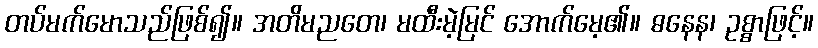
တပ်မက်မောသည်ဖြစ်၍။ အတိမညတေ၊ မထီးမဲ့မြင် အောက်မေ့၏။ ဓနေန၊ ဥစ္စာဖြင့်။